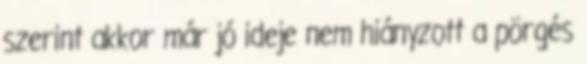
szerint akkor már jó ideje nem hiányzott a pörgés